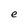
Character: e